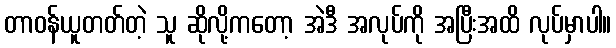
တာဝန်ယူတတ်တဲ့ သူ ဆိုလို့ကတော့ အဲဒီ အလုပ်ကို အပြီးအထိ လုပ်မှာပါ။